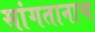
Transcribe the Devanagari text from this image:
सांगतानाच